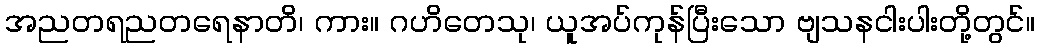
အညတရညတရေနာတိ၊ ကား။ ဂဟိတေသု၊ ယူအပ်ကုန်ပြီးသော ဗျသနငါးပါးတို့တွင်။